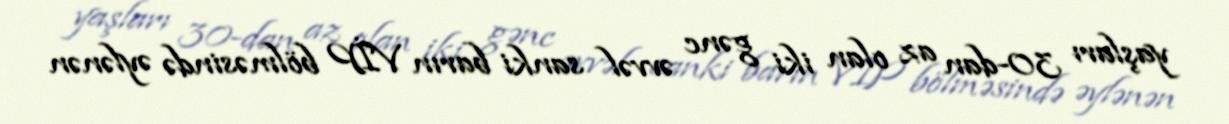
yaşları 30-dan az olan iki gənc əvvəl sanki barın VİP bölməsində əylənən